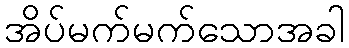
အိပ်မက်မက်သောအခါ